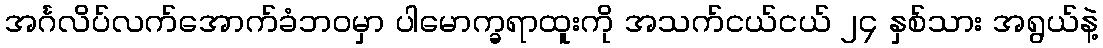
အင်္ဂလိပ်လက်အောက်ခံဘဝမှာ ပါမောက္ခရာထူးကို အသက်ငယ်ငယ် ၂၄ နှစ်သား အရွယ်နဲ့